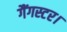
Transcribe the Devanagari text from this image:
गैंगस्टर।